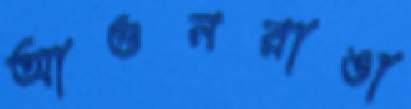
আগুনরাঙা